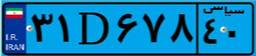
۸۸D۷۱۲۸۳